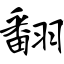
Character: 翻